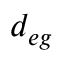
d _ { e g }